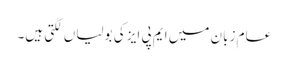
عام زبان میں ایم پی ایز کی بولیاں لگتی ہیں۔